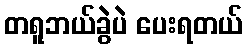
တရူဘယ်ခွဲပဲ ပေးရတယ်